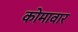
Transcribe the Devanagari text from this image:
कोमावार